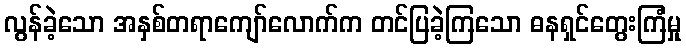
လွန်ခဲ့သော အနှစ်တရာကျော်လောက်က တင်ပြခဲ့ကြသော ဓနရှင်တွေးကြံမှု